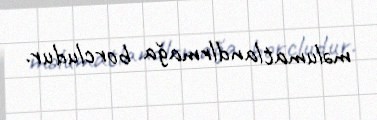
məlumatlandlrmağa borcludur.